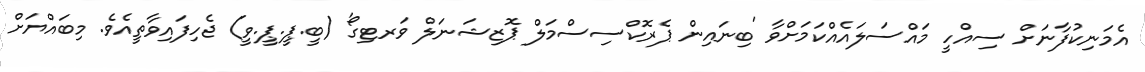
އެމަނިކުފާނަށް ސިއްހީ މައްސަލައެއްކަމަށްވާ 'ބިނައިން ޕެރޮކްސިސްމަލް ޕޮޒިޝަނަލް ވަރޓިގޯ' (ބީ.ޕީ.ޕީ.ވީ) ޖެހިފައިވާތީއެވެ. މިބައްޔަށް